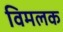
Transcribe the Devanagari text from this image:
विमलक